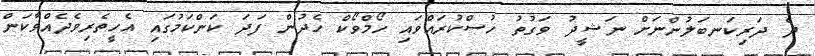
ދެ ދަރިކަނބަލުންނަށް ނަޝީދު ވަގުތު ހުސްކުރައްވައި ހޯމްވޯކް ހެދުން ފަދަ ކަންކަމުގައި އެހީތެރިވެދެއްވާކަން